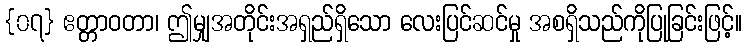
{၀၇} ဧတ္တာဝတာ၊ ဤမျှအတိုင်းအရှည်ရှိသော လေးပြင်ဆင်မှု အစရှိသည်ကိုပြုခြင်းဖြင့်။